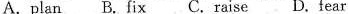
A.plan B.fix C.raise D.fear